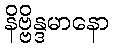
နိဗ္ဗိန္ဒမာနော